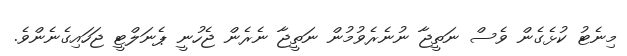
މިނެޓު ކުޅެގެން ވެސް ނަތީޖާ ނުނެރެވުމުން ނަތީޖާ ނެރެން ޖެހުނީ ޕެނަލްޓީ ޖަހައިގެނެންވެ.